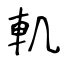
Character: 䡄